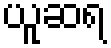
ယူဆရ